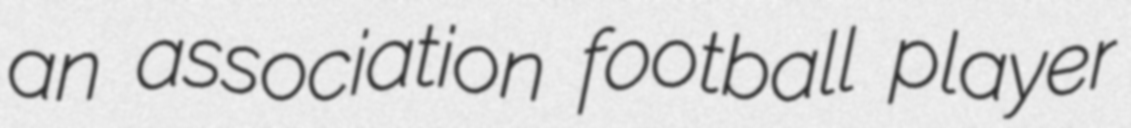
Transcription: an association football player